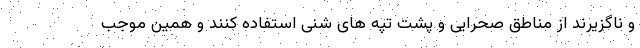
و ناگزیرند از مناطق صحرایی و پشت تپه های شنی استفاده کنند و همین موجب